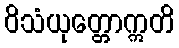
ဝိသံယုတ္တောဣတိ